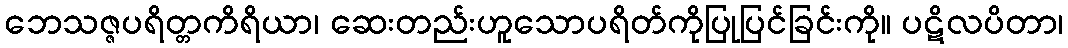
ဘေသဇ္ဇပရိတ္တကိရိယာ၊ ဆေးတည်းဟူသောပရိတ်ကိုပြုပြင်ခြင်းကို။ ပဋိလပိတာ၊